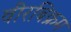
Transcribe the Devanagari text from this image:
वीरबिक्रम